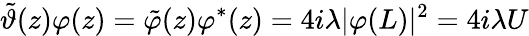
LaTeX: \tilde{\vartheta}(z)\varphi(z)=\tilde{\varphi}(z)\varphi^{\ast}(z)=4i\lambda\vert\varphi(L)\vert^{2}=4i\lambda U